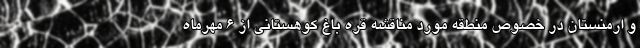
و ارمنستان در خصوص منطقه مورد مناقشه قره باغ کوهستانی از ۶ مهرماه